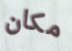
مكان